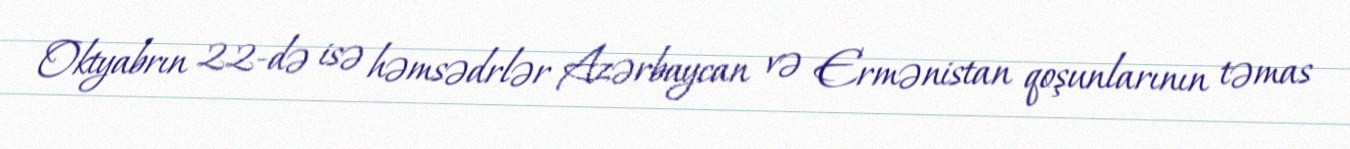
Oktyabrın 22-də isə həmsədrlər Azərbaycan və Ermənistan qoşunlarının təmas